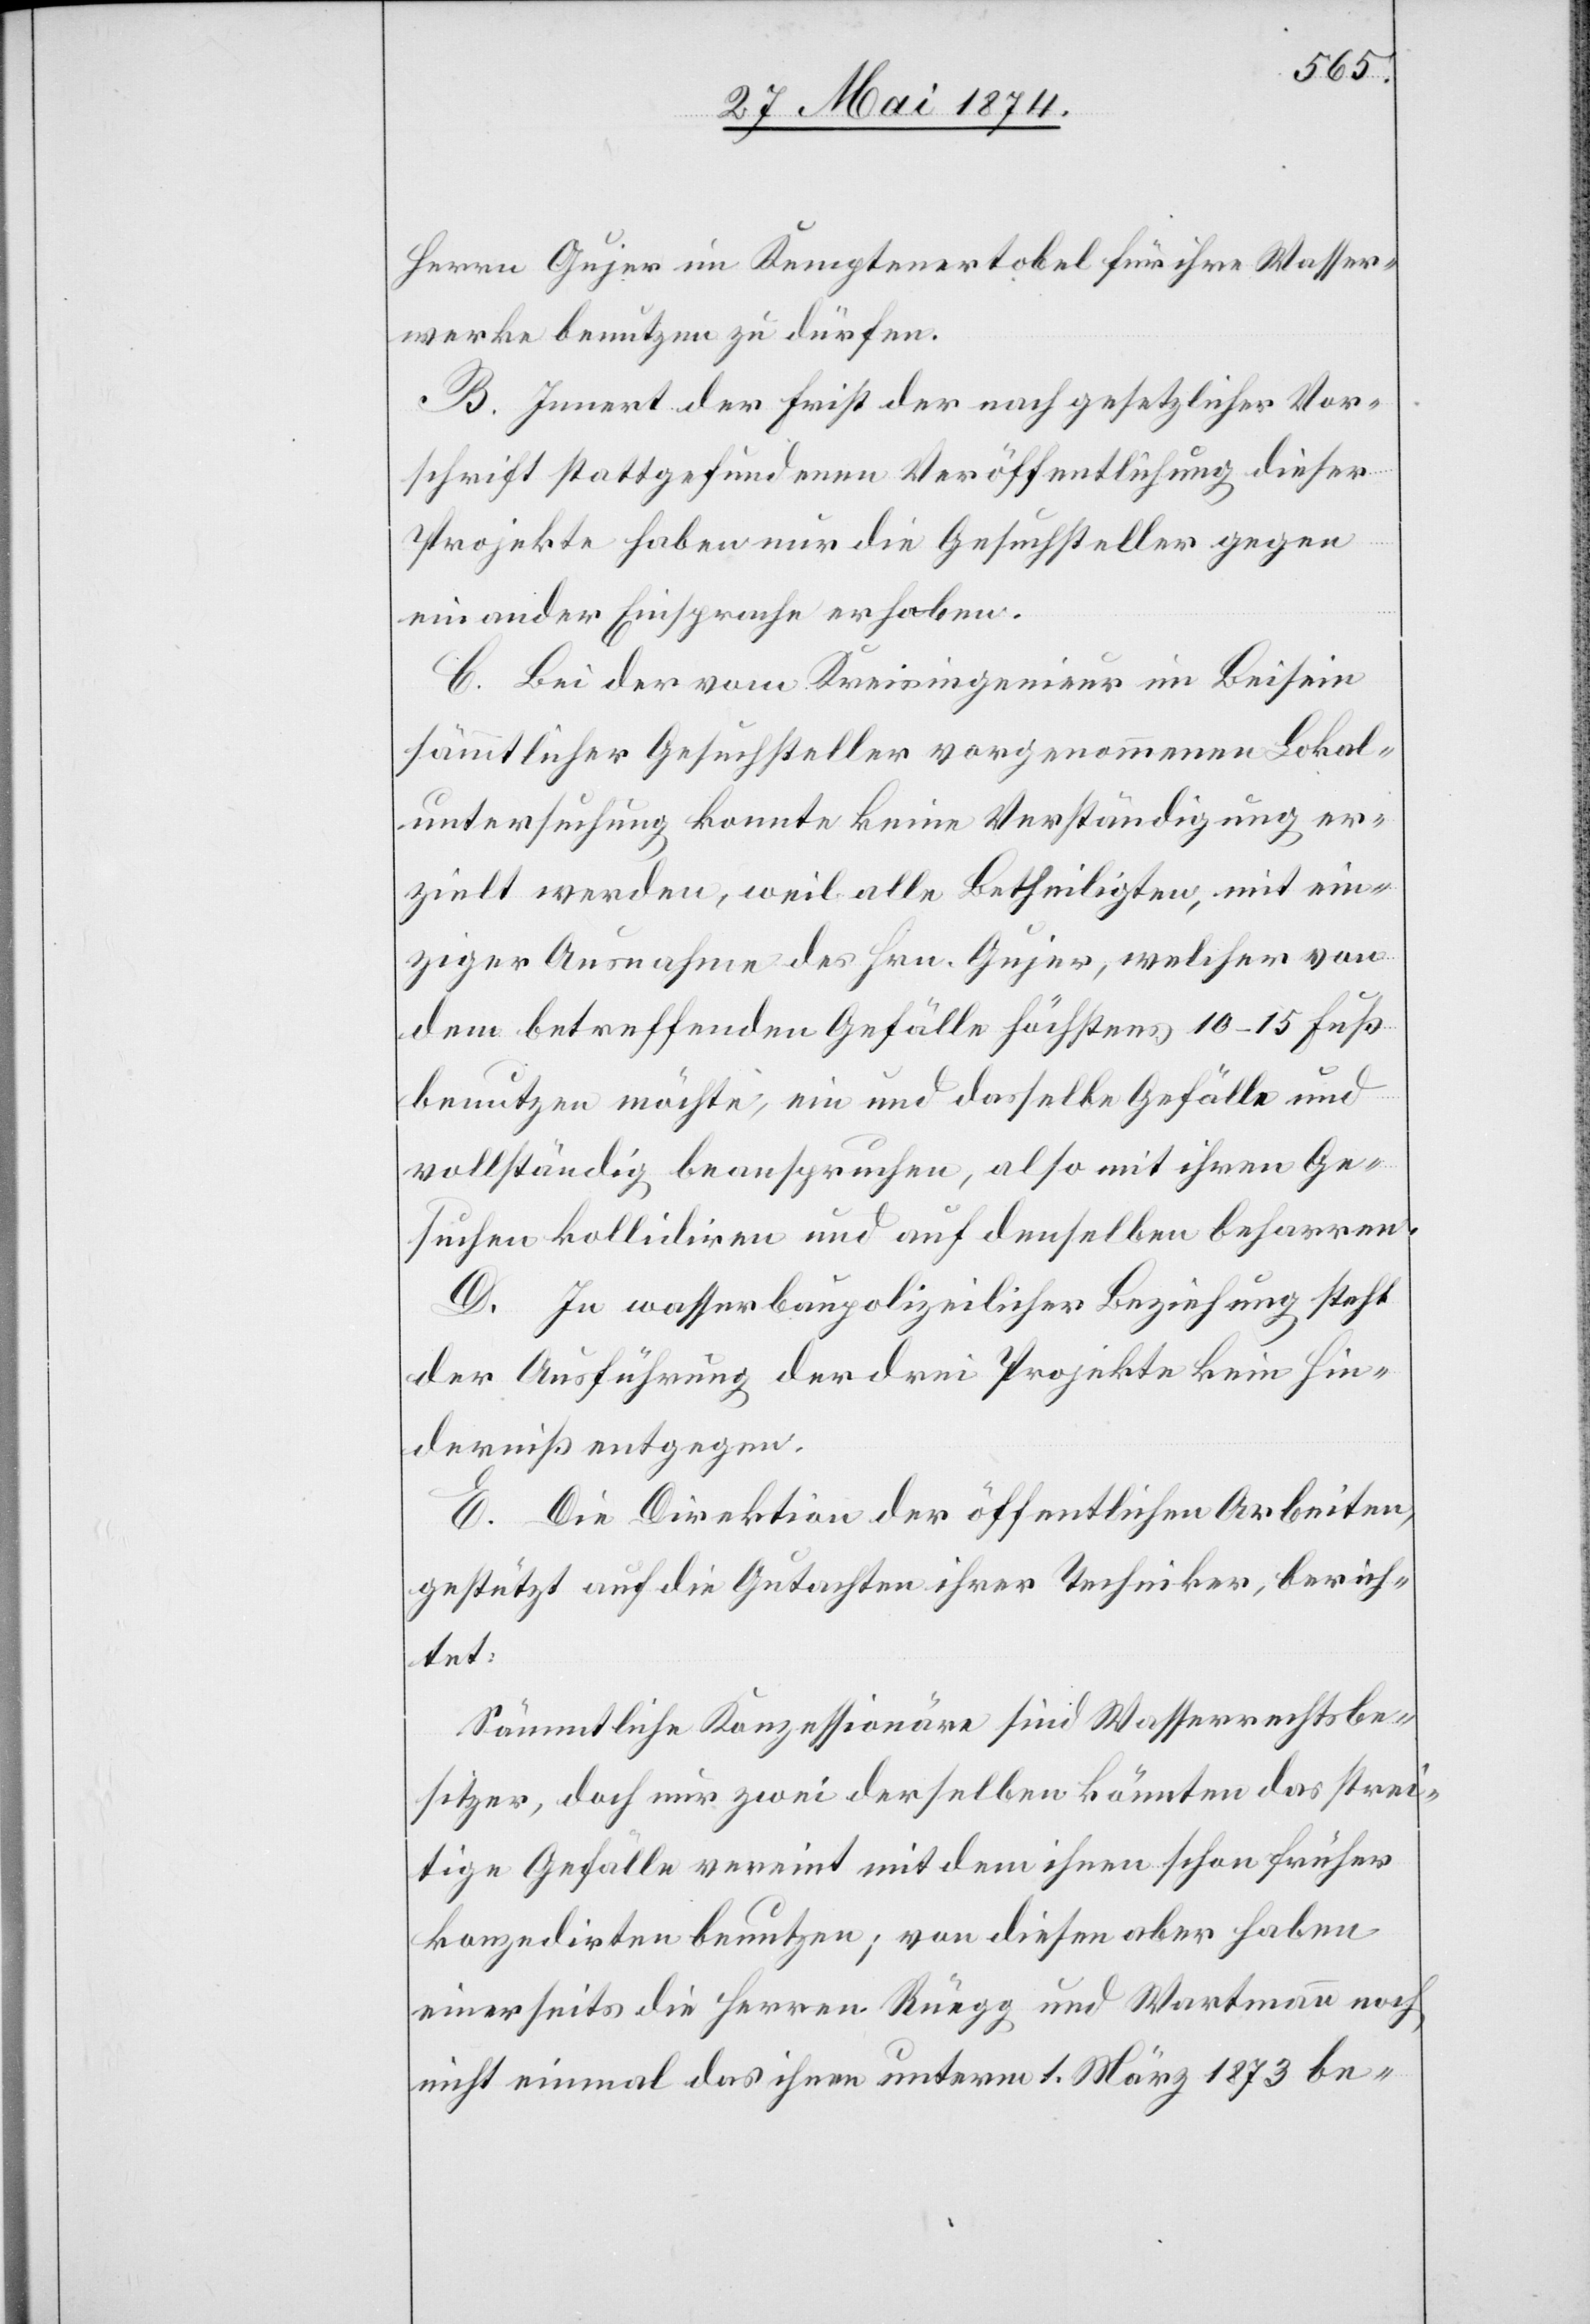
Herrn Gujer im Kemptenertobel für ihre Wasser¬
werke benutzen zu dürfen.
B. Innert der Frist der nach gesetzlicher Vor¬
schrift stattgefundenen Veröffentlichung dieser
Projekte haben nur die Gesuchsteller gegen
einander Einsprache erhoben.
C. Bei der vom Kreisingenieur im Beisein
sämmtlicher Gesuchsteller vorgenommenen Lokal¬
untersuchung konnte keine Verständigung er¬
zielt werden, weil alle Betheiligten, mit ein¬
ziger Ausnahme des Hrn. Gujer, welcher von
dem betreffenden Gefälle höchstens 10–15 Fuß
benutzen möchte, ein und dasselbe Gefälle und
vollständig beanspruchen, also mit ihren Ge¬
suchen kollidiren und auf denselben beharren.
D. In wasserbaupolizeilicher Beziehung steht
der Ausführung der drei Projekte kein Hin¬
derniß entgegen.
E. Die Direktion der öffentlichen Arbeiten
gestützt auf die Gutachten ihrer Techniker, berich¬
tet:
Sämmtliche Konzessionäre sind Wasserrechtsbe¬
sitzer, doch nur zwei derselben könnten das strei¬
tige Gefälle vereint mit dem ihnen schon früher
konzedirten benutzen; von diesen aber haben
einerseits die Herren Rüegg und Wartmann noch
nicht einmal das ihnen unterm 1. März 1873 be-